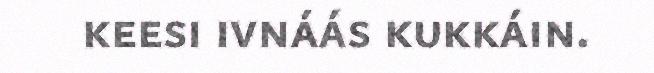
keesi ivnáás kukkáin.